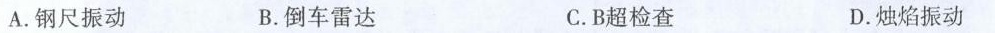
A.钢尺振动 B.倒车雷达 C.B超检查 D.烛焰振动